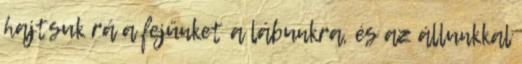
hajtsuk rá a fejünket a lábunkra, és az állunkkal